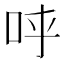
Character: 𠰜